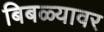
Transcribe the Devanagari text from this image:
बिबळ्यावर